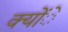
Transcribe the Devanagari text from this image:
क्योंे